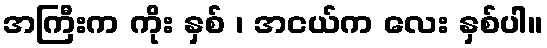
အကြီးက ကိုး နှစ် ၊ အငယ်က လေး နှစ်ပါ။